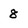
Character: 8